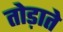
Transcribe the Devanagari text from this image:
तोड़ाते